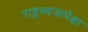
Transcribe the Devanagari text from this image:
राष्ट्रध्वजापेक्षा